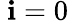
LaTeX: \ {\mathbf{i}=0}